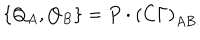
\left\{ Q _ { A } , Q _ { B } \right\} = P \cdot \left( C \Gamma \right) _ { A B }